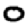
Digit: 0